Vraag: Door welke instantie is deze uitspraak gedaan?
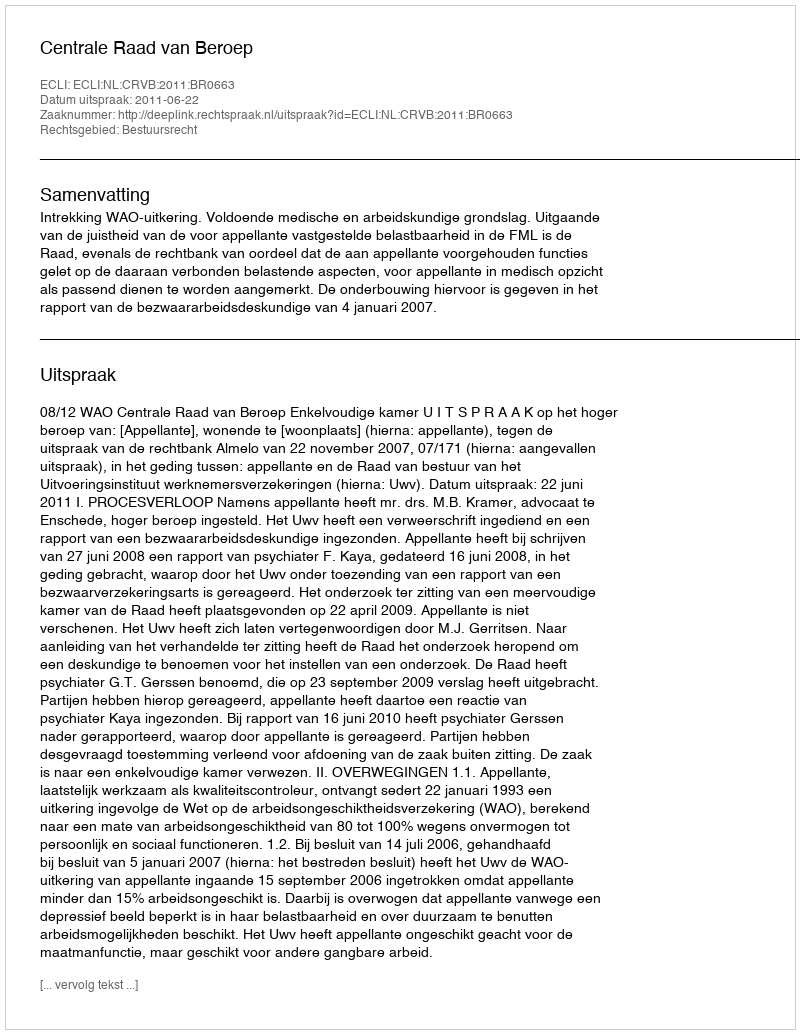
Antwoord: Centrale Raad van Beroep